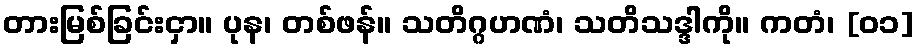
တားမြစ်ခြင်းငှာ။ ပုန၊ တစ်ဖန်။ သတိဂ္ဂဟဏံ၊ သတိသဒ္ဒါကို။ ကတံ၊ [၀၁]